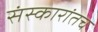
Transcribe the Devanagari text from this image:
संस्कारांतच